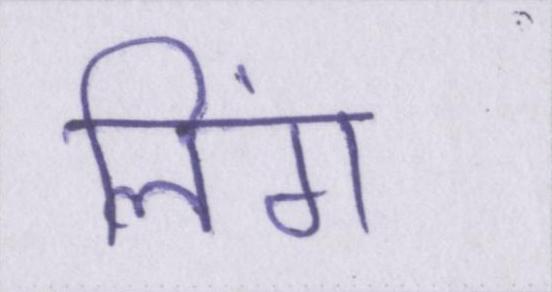
लिंग